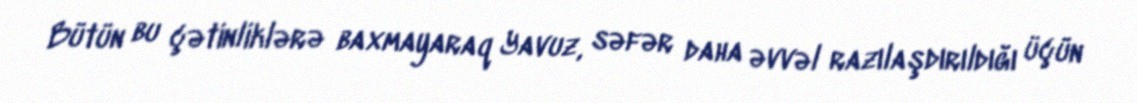
Bütün bu çətinliklərə baxmayaraq Yavuz, səfər daha əvvəl razılaşdırıldığı üçün